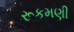
રૂકમણી